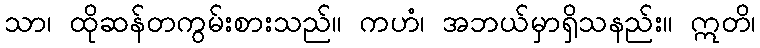
သာ၊ ထိုဆန်တကွမ်းစားသည်။ ကဟံ၊ အဘယ်မှာရှိသနည်း။ ဣတိ၊